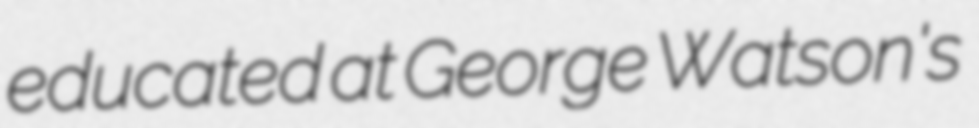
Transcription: educated at George Watson's